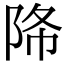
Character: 𨹓